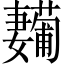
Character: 𱙳